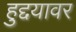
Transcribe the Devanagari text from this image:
हुद्दयावर